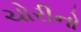
ચોરીનો